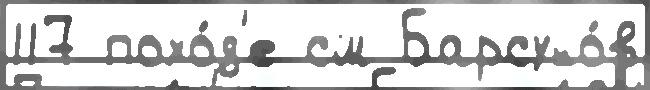
117 похо́д'е см Барсуко́в